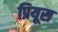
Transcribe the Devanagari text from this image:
प्रियूस